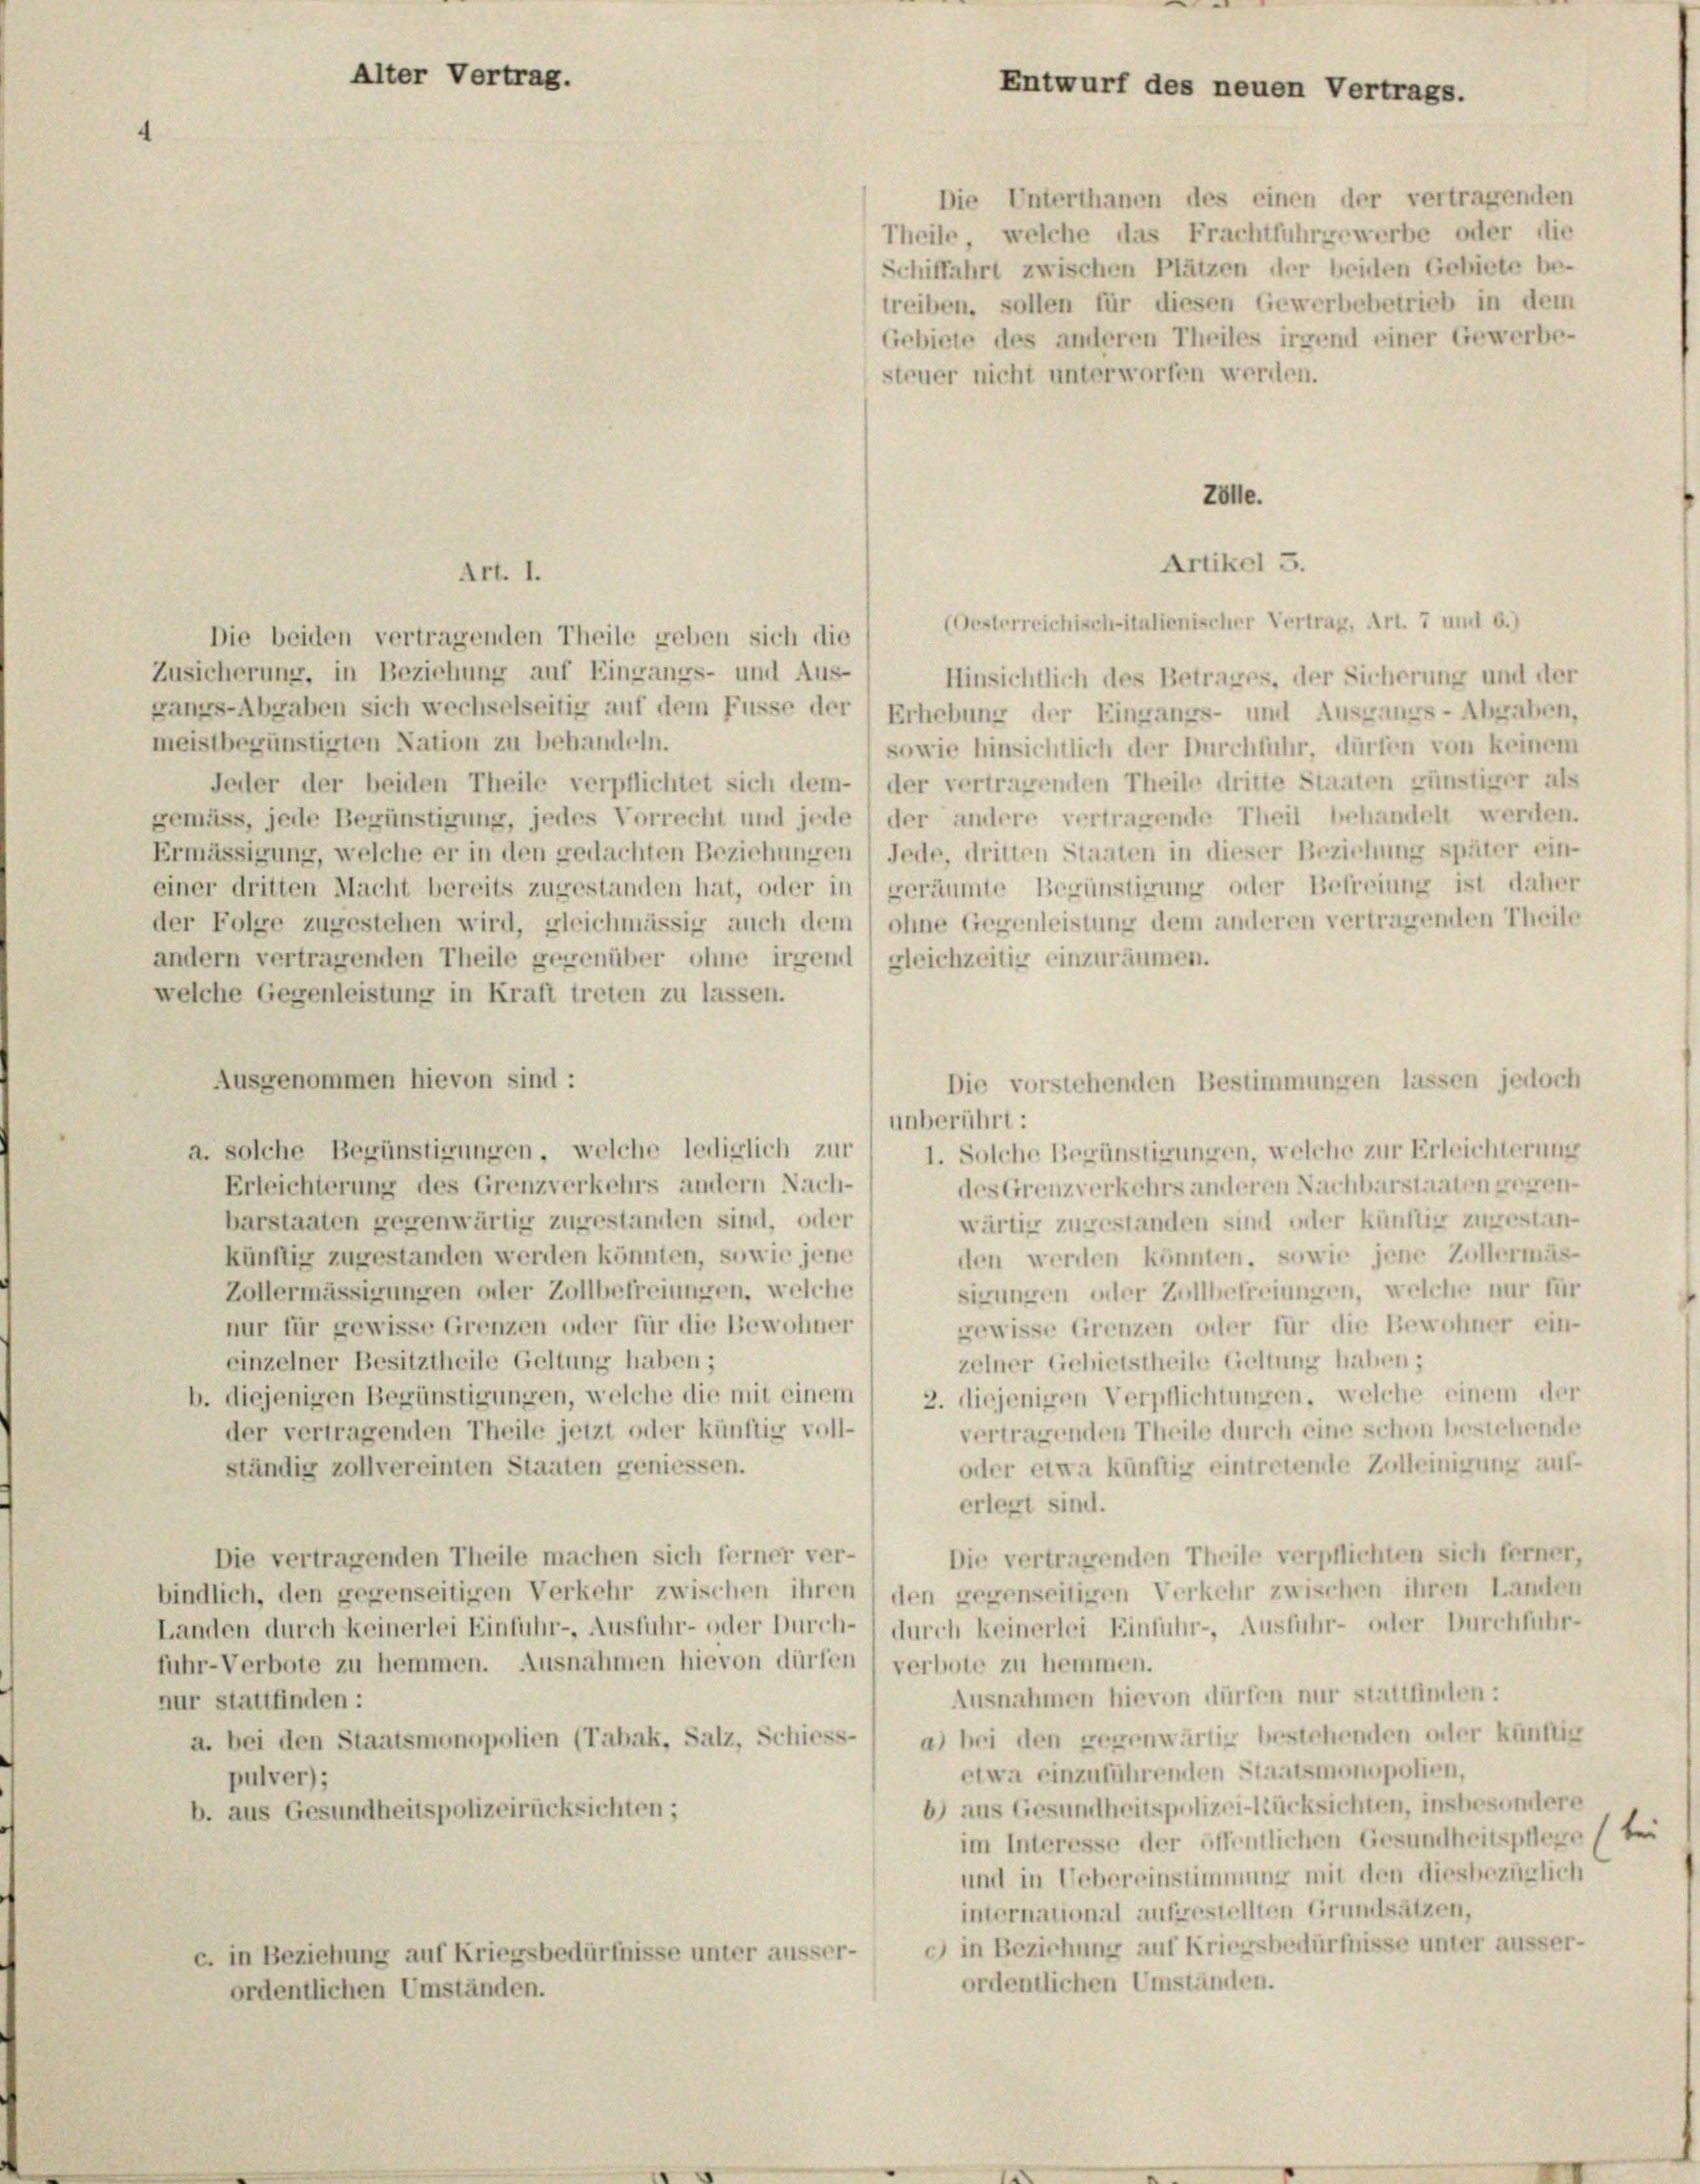
Alter Vertrag.

Entwurf des neuen Vertrags.
Die Unterthanen des einen der vertragenden
Theile, welche das Frachtfuhrgewerbe oder die
Schiffahrt zwischen Plätzen der beiden Gebiete be-
treiben, sollen für diesen Gewerbebetrieb in dem
Gebiete des anderen Theiles irgend einer Gewerbe-

steuer nicht unterworfen werden.
Zolle.

Artikel 5.

Art. 1.
(Oesterreichisch-Italienischer Vertrag, Art. 7 und b.)
Die beiden vertragenden Theile geben sich die
Zusicherung, in Beziehung auf Eingangs- und Aus-
Hinsichtlich des Betrages, der Sicherung und der
gangs-Abgaben sich wechselseitig auf dem Fusse der Erhebung der Eingangs- und Ausgangs-Abgraben,
meistbegünstigten Nation zu behandeln.
sowie hinsichtlich der Durchfuhr, dürfen von keinem
Jeder der beiden Theile verpflichtet sich dem- ) der vertragenden Theile dritte Staaten günstiger als
gemäss, jede Begünstigung, jedes Vorrecht und jede (der andere vertragende Theil behandelt werden.
Ermässigung, welche er in den gedachten Beziehungen 1 Jede, dritten Staaten in dieser Beziehung später ein-
einer dritten Macht bereits zugestanden hat, oder in geräumte Begünstigung oder Befreiung ist daher
der Folge zugestehen wird, gleichmässig auch dem ohne Gegenleistung dem anderen vertragenden Theile
andern vertragenden Theile gegenüber ohne irgend (gleichzeitig einzuräumen.
welche Gegenleistung in Kraft treten zu lassen.
Ausgenommen hievon sind :
Die vorstehenden Bestimmungen lassen jedoch
unberührt:
a. solche Begünstigungen, welche lediglich zur
1. Solche Begünstigungen, welche zur Erleichterung
Erleichterung des Grenzverkehrs andern Nach-
des Grenzverkehrs anderen Nachbarstaaten gegen-
barstaaten gegenwärtig zugestanden sind, oder
wärtig zugestanden sind oder künftig zugestan-
künftig zugestanden werden könnten, sowie jene
den werden könnten, sowie jene Zollermäs-
sigungen oder Zollbefreiungen, welche nur für
Zollermässigungen oder Zollbefreiungen, welche
nur für gewisse Grenzen oder für die Bewohner
gewisse Grenzen oder für die Bewohner ein-
einzelner Besitztheile Geltung haben;
zelner Gebietstheile Geltung haben;
b. diejenigen Begünstigungen, welche die mit einem
2. diejenigen Verpflichtungen, welche einem der
der vertragenden Theile jetzt oder künftig voll-
vertragenden Theile durch eine schon bestehende
oder etwa künftig eintretende Zolleinigung auf-
ständig zollvereinten Staaten geniessen.
erlegt sind.
Die vertragenden Theile verpflichten sich ferner,
Die vertragenden Theile machen sich ferner ver-
bindlich, den gegenseitigen Verkehr zwischen ihren) den gegenseitigen Verkehr zwischen ihren Landen
Landen durch keinerlei Einfuhr-, Ausfuhr- oder Durch- ) durch keinerlei Einführ-, Ausführ- oder Durchfuhr-
fuhr-Verbote zu hemmen. Ausnahmen hievon dürfen ) verbote zu hemmen.
Ausnahmen hievon dürfen nur stattfinden:
nur stattfinden :
a. bei den Staatsmonopolien (Tabak, Salz, Schiess- / a) bei den gegenwärtig bestehenden oder künftig
etwa einzuführenden Staatsmonopolien,
pulver);
6) aus Gesundheitspolizei-Rücksichten, insbesondere
b. aus Gesundheitspolizeirücksichten;
im Interesse der öffentlichen Gesundheitspflege ste
und in Uebereinstimmung mit den diesbezüglich
international aufgestellten Grundsätzen,
e) in Beziehung auf Kriegsbedürfnisse unter ausser-
c. in Beziehung auf Kriegsbedürfnisse unter ausser-
ordentlichen Umständen.
ordentlichen Umständen.